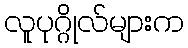
လူပုဂ္ဂိုလ်များက